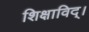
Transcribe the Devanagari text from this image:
शिक्षाविद्।